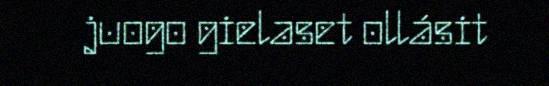
juogo gielaset ollásit